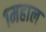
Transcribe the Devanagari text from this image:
१महाल